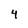
Character: 4